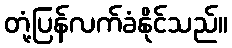
တုံ့ပြန်လက်ခံနိုင်သည်။